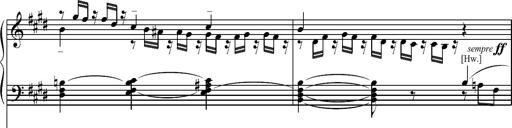
Title: Pilgerchor aus TannhÃ¤user
Composer: Franz Liszt